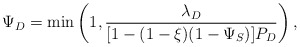
\begin{align*}\Psi_D = \min\left(1, \frac{\lambda_D}{[1-(1-\xi)(1-\Psi_S)]P_D}\right),\end{align*}